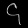
Digit: ၄